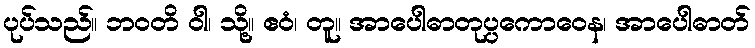
ပုပ်သည်။ ဘဝတိ ဝါ၊ သို့။ ဧဝံ၊ တူ။ အာပေါဓာတုပ္ပကောဝေန၊ အာပေါဓာတ်